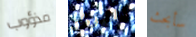
مذؤوب القذف سأبحث